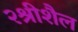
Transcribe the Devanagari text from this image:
२श्रीशैल